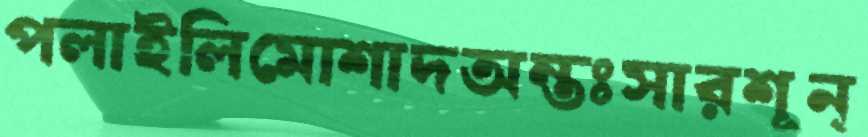
পলাইলিমোশাদঅন্তঃসারশূন্